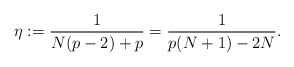
\begin{align*}\eta:=\frac{1}{N(p-2)+p}=\frac{1}{p(N+1)-2N}.\end{align*}